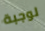
لوجبة